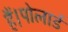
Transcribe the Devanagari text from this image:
हैं।पोलार्ड